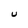
Character: U